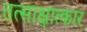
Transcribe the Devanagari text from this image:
तत्साक्षात्कार